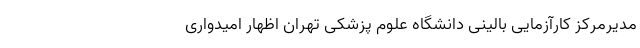
مدیرمرکز کارآزمایی بالینی دانشگاه علوم پزشکی تهران اظهار امیدواری